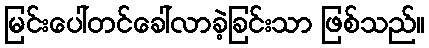
မြင်းပေါ်တင်ခေါ်လာခဲ့ခြင်းသာ ဖြစ်သည်။